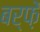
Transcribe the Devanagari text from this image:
बर्फ़ें